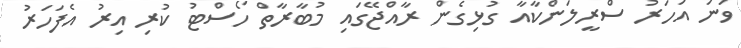
ވަނަ އަހަރު ސްރީލަންކާއާ ގުޅިގެން ރާއްޖޭގައި މުބާރާތް ހޯސްޓު ކުރި އިރު އެފަހަރު